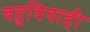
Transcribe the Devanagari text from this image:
बहुविवाही